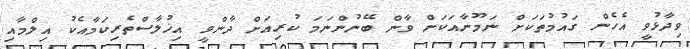
ވިދާޅުވީ އެހެން ގައުމުތަކަށް ނަމޫނާއަކަށް ވާން ބޭނުންނަމަ ކުރިއަށް ދާންވީ އިޚުލާސްތެރިކަމާއެކު އިލްމާއި